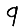
Digit: 9